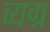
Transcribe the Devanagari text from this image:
व्‍यग्र